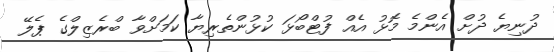
ދުނިޔެ ދުށް އެންމެ މޮޅު އެއް ފުޓްބޯޅަ ކުޅުންތެރިޔާ ކަމަށްވާ ބްރެޒިލްގެ ޕެލޭ